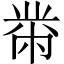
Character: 黹